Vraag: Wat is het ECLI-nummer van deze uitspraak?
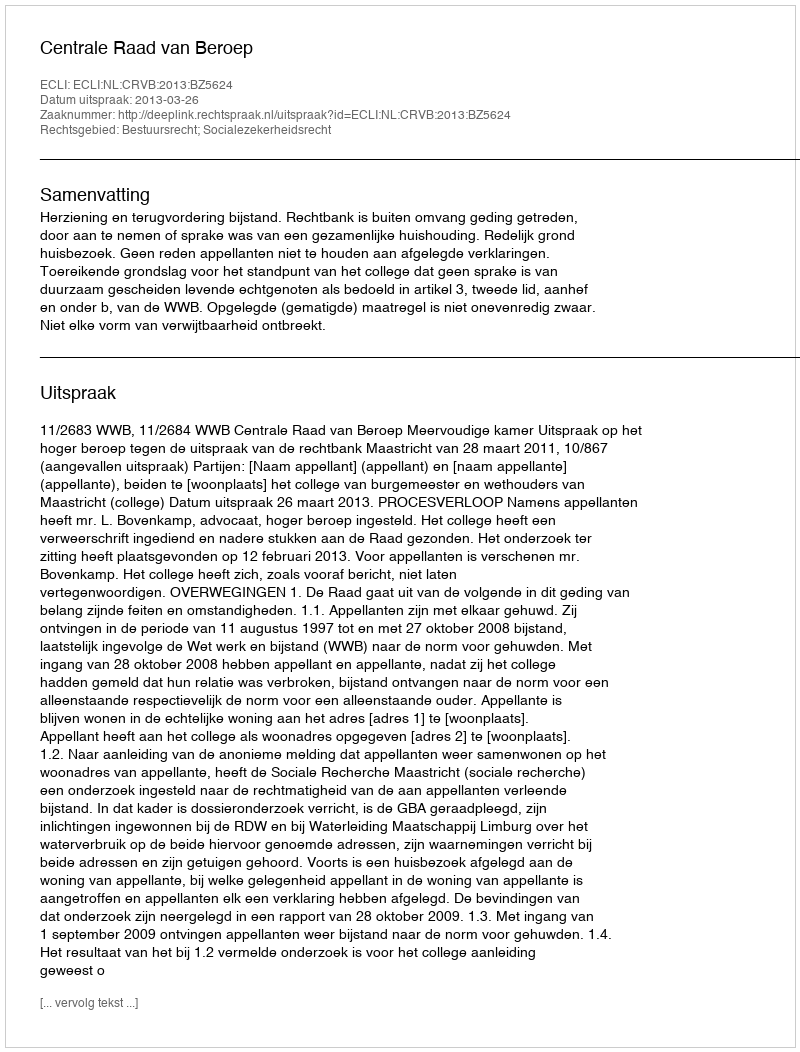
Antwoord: ECLI:NL:CRVB:2013:BZ5624